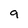
Character: 9